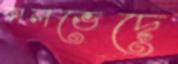
কালভেদে